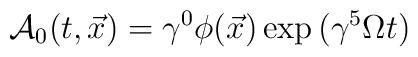
{\cal A}_0 (t, \vec x) = \gamma^0 \phi (\vec x) \exp{(\gamma^5 \Omega t)}